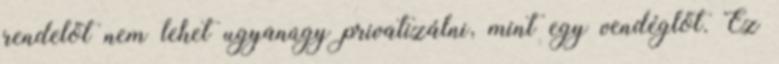
rendelőt nem lehet ugyanúgy privatizálni, mint egy vendéglőt. Ez